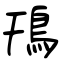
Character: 鳱